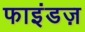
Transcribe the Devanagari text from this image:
फाइंडज़